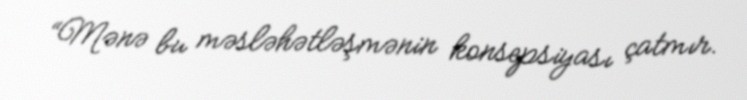
“Mənə bu məsləhətləşmənin konsepsiyası çatmır.